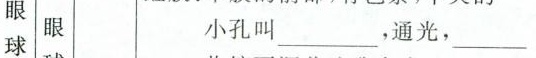
眼 眼 小孔叫___，通光,___